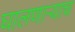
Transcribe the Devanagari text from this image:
घालणाऱ्याच